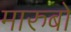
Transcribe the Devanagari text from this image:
मारुबो